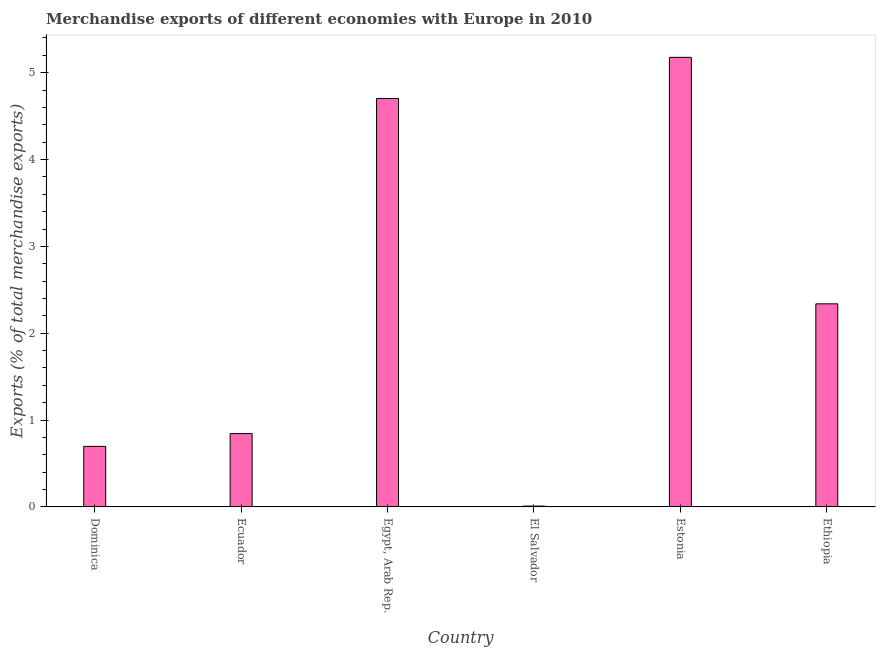
| Country | Merchandise Exports |
 | --- | --- |
 | Dominica | 0.697 |
 | Ecuador | 0.845 |
 | Egypt, Arab Rep. | 4.7 |
 | El Salvador | 0.00993 |
 | Estonia | 5.18 |
 | Ethiopia | 2.34 |